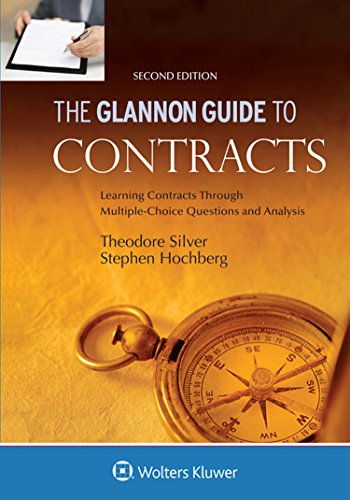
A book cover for Glannon Guide To Contracts: Learning Contracts Through Multiple-Choice Questions and Analysis; Theodore Silver; Law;